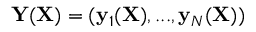
\mathbf { Y } ( \mathbf { X } ) = ( \mathbf { y } _ { 1 } ( \mathbf { X } ) , . . . , \mathbf { y } _ { N } ( \mathbf { X } ) )